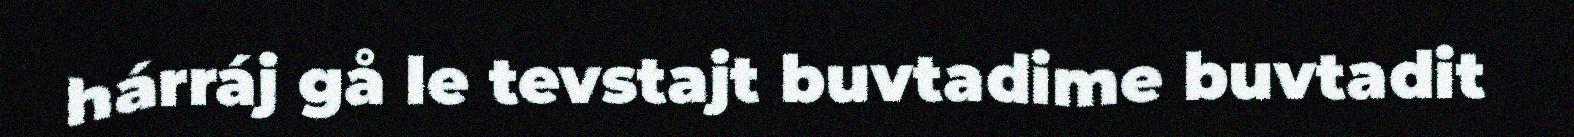
hárráj gå le tevstajt buvtadime buvtadit